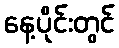
နေ့ပိုင်းတွင်